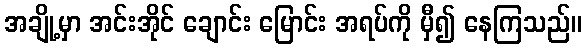
အချို့မှာ အင်းအိုင် ချောင်း မြောင်း အရပ်ကို မှီ၍ နေကြသည်။